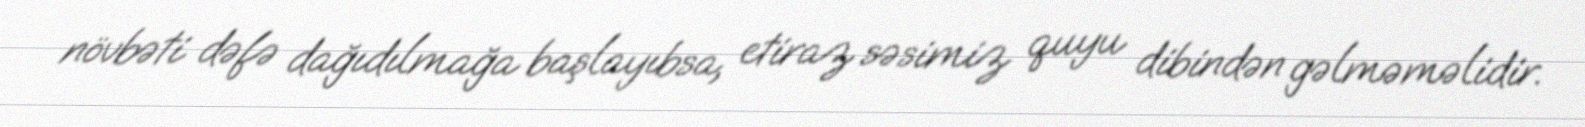
növbəti dəfə dağıdılmağa başlayıbsa, etiraz səsimiz quyu dibindən gəlməməlidir.